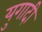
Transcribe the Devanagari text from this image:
युगादी